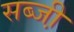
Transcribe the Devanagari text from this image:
सब्जी़